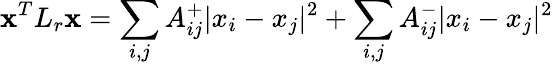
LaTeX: \textbf{x}^{T}L_{r}\textbf{x}=\sum_{i,j}A_{ij}^{+}|x_{i}-x_{j}|^{2}+\sum_{i,j}A_{ij}^{-}|x_{i}-x_{j}|^{2}